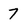
Character: 7